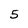
Character: 5